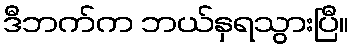
ဒီဘက်က ဘယ်နှရသွားပြီ။